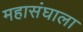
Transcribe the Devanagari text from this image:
महासंघाला